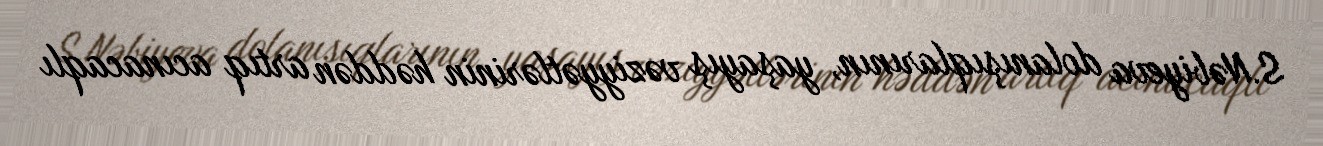
S.Nəbiyeva dolanışıqlarının, yaşayış vəziyyətlərinin həddən artıq acınacaqlı